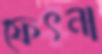
ফেৎনা